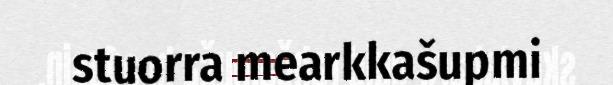
stuorra mearkkašupmi